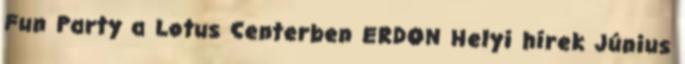
Fun Party a Lotus Centerben ERDON Helyi hírek Június